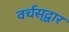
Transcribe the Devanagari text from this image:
वर्चस्‌द्वार